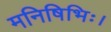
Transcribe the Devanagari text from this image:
मनिषिभिः।